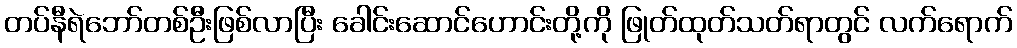
တပ်နီရဲဘော်တစ်ဦးဖြစ်လာပြီး ခေါင်းဆောင်ဟောင်းတို့ကို ဖြုတ်ထုတ်သတ်ရာတွင် လက်ရောက်